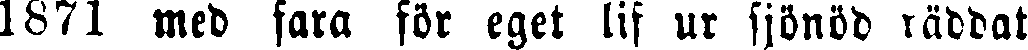
1871 med fara för eget lif ur sjönöd räddat